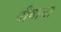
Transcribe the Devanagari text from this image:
तीवाना